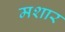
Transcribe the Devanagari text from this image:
मशार